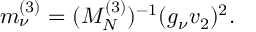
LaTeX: m _ { \nu } ^ { ( 3 ) } = ( M _ { N } ^ { ( 3 ) } ) ^ { - 1 } ( g _ { \nu } v _ { 2 } ) ^ { 2 } .